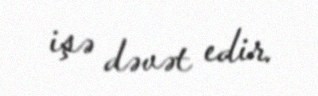
işə dəvət edir.